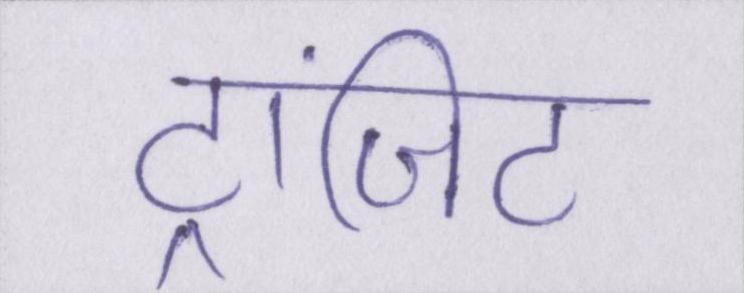
ट्रांज़िट